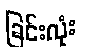
ခြင်းလုံး